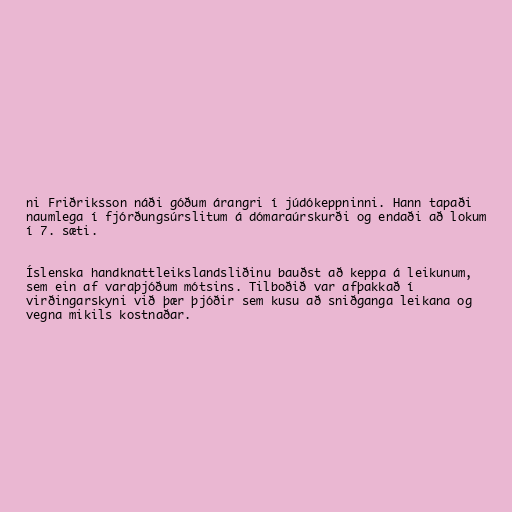
ni Friðriksson náði góðum árangri í júdókeppninni. Hann tapaði
naumlega í fjórðungsúrslitum á dómaraúrskurði og endaði að lokum
í 7. sæti.

Íslenska handknattleikslandsliðinu bauðst að keppa á leikunum,
sem ein af varaþjóðum mótsins. Tilboðið var afþakkað í
virðingarskyni við þær þjóðir sem kusu að sniðganga leikana og
vegna mikils kostnaðar.